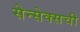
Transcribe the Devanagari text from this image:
सेन्सेक्सची